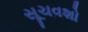
સૂચવશો